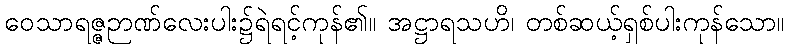
ဝေသာရဇ္ဇဉာဏ်လေးပါး၌ရဲရင့်ကုန်၏။ အဋ္ဌာရသဟိ၊ တစ်ဆယ့်ရှစ်ပါးကုန်သော။